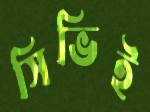
সিভিই